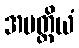
အပတ္ထိယံ